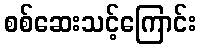
စစ်ဆေးသင့်ကြောင်း